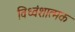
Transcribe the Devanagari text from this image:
विध्वंशात्मक